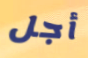
أجل